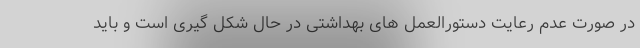
در صورت عدم رعایت دستورالعمل های بهداشتی در حال شکل گیری است و باید